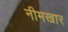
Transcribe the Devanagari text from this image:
नीमखार